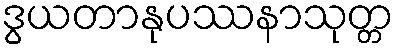
ဒွယတာနုပဿနာသုတ္တ